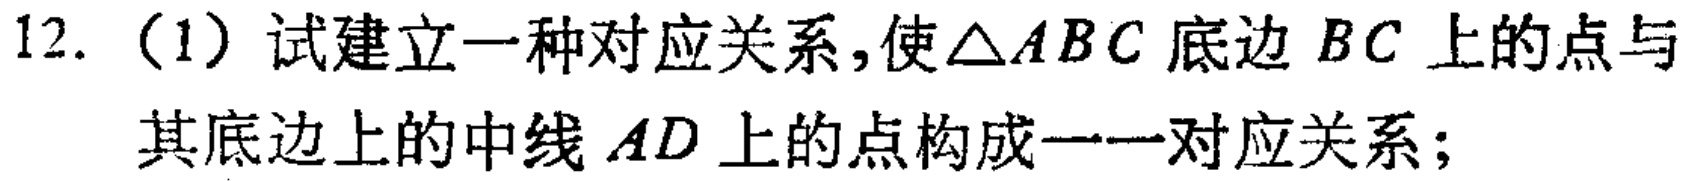
12. （1）试建立一种对应关系，使\(\triangle ABC\)底边 \(BC\) 上的点与其底边上的中线 \(AD\) 上的点构成一一对应关系；